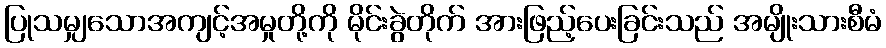
ပြုသမျှသောအကျင့်အမှုတို့ကို မိုင်းခွဲတိုက် အားဖြည့်ပေးခြင်းသည် အမျိုးသားစီမံ